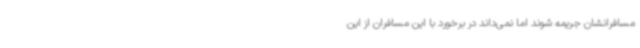
مسافرانشان جریمه شوند اما نمی‌داند در برخورد با این مسافران از این